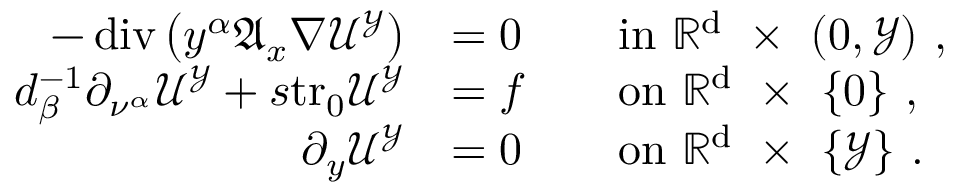
\begin{array} { r l r l } { - \operatorname { d i v } \big ( y ^ { \alpha } \mathfrak { A } _ { x } \nabla { \mathcal { U } } ^ { \mathcal { Y } } \big ) } & { = 0 } & & { \mathrm { i n ~ \mathbb { R } ^ { d } ~ \times ~ ( 0 , \mathcal { Y } ) ~ } , } \\ { d _ { \beta } ^ { - 1 } \partial _ { \nu ^ { \alpha } } { \mathcal { U } } ^ { \mathcal { Y } } + s \mathrm { t r _ { 0 } } { \mathcal { U } } ^ { \mathcal { Y } } } & { = f } & & { \mathrm { o n ~ \mathbb { R } ^ { d } ~ \times ~ \{ 0 \} ~ } , } \\ { \partial _ { y } { \mathcal { U } } ^ { \mathcal { Y } } } & { = 0 } & & { \mathrm { o n ~ \mathbb { R } ^ { d } ~ \times ~ \{ \mathcal { Y } \} ~ } . } \end{array}